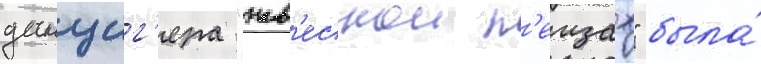
данциг'ера "нав'еснои п'еизаж" была́